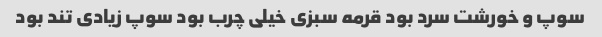
سوپ و خورشت سرد بود قرمه سبزی خیلی چرب بود سوپ زیادی تند بود